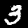
Digit: 3